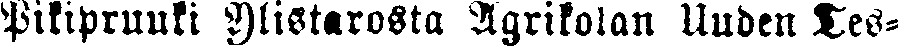
Pikipruuki Ylistarosta Agrikolan Uuden Tes-